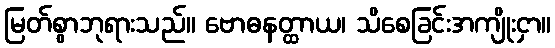
မြတ်စွာဘုရားသည်။ ဗောဓနတ္ထာယ၊ သိစေခြင်းအကျိုးငှာ။